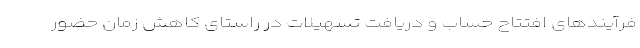
فرآیند‌های افتتاح حساب و دریافت تسهیلات در راستای کاهش زمان حضور